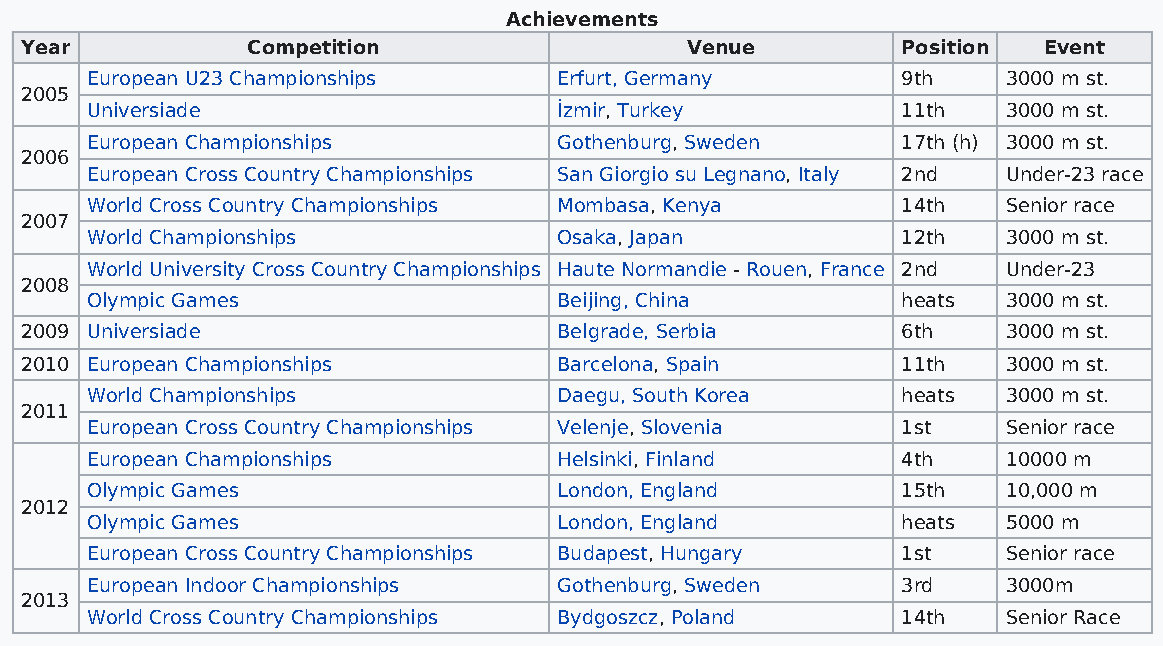
Achievements
 Year           Competition                  Venue          Position Event
 European U23 Championships     Erfurt, Germany        9th    3000 m st.
 2005
 Universiade                    İzmir, Turkey          11th   3000 m st.
 European Championships         Gothenburg, Sweden     17th (h) 3000 m st.
 2006
 European Cross Country Championships San Giorgio su Legnano, Italy 2nd Under-23 race
 World Cross Country Championships Mombasa, Kenya      14th   Senior race
 2007
 World Championships            Osaka, Japan           12th   3000 m st.
 World University Cross Country Championships Haute Normandie - Rouen, France 2nd Under-23
 2008
 Olympic Games                  Beijing, China         heats  3000 m st.
 2009 Universiade                    Belgrade, Serbia       6th    3000 m st.
 2010 European Championships         Barcelona, Spain       11th   3000 m st.
 World Championships            Daegu, South Korea     heats  3000 m st.
 2011
 European Cross Country Championships Velenje, Slovenia 1st   Senior race
 European Championships         Helsinki, Finland      4th    10000 m
 Olympic Games                  London, England        15th   10,000 m
 2012
 Olympic Games                  London, England        heats  5000 m
 European Cross Country Championships Budapest, Hungary 1st   Senior race
 European Indoor Championships  Gothenburg, Sweden     3rd    3000m
 2013
 World Cross Country Championships Bydgoszcz, Poland   14th   Senior Race